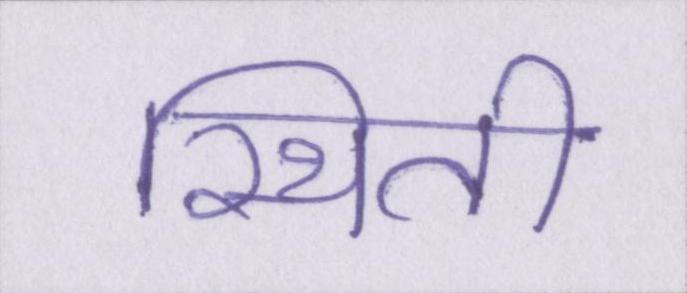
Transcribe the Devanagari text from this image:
स्थिती